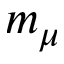
m _ { \mu }